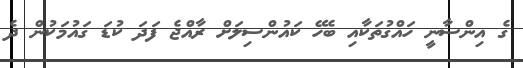
ގެ އިންސާނީ ހައްގުތަކާއި ބެހޭ ކައުންސިލަށް ރާއްޖެ ފަަދަ ކުޑަ ގައުމަކުން ދެ